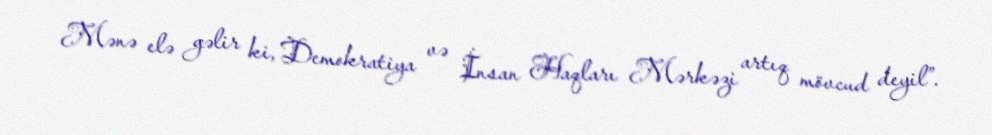
Mənə elə gəlir ki, Demokratiya və İnsan Haqları Mərkəzi artıq mövcud deyil”.